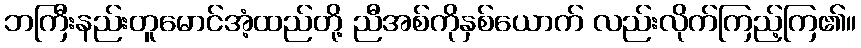
ဘကြီးနည်းတူမောင်အံ့ထည်တို့ ညီအစ်ကိုနှစ်ယောက် လည်းလိုက်ကြည့်ကြ၏။